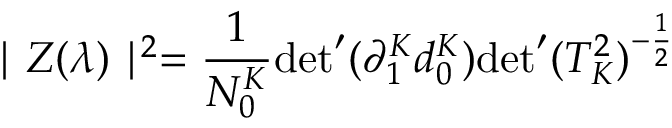
\mid Z ( \lambda ) \mid ^ { 2 } = \frac { 1 } { N _ { 0 } ^ { K } } { \operatorname * { d e t } } ^ { \prime } ( \partial _ { 1 } ^ { K } d _ { 0 } ^ { K } ) { \operatorname * { d e t } } ^ { \prime } ( T _ { K } ^ { 2 } ) ^ { - \frac { 1 } { 2 } }